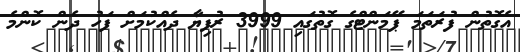
އެގޮތުން ފުރަތަމަ ޕޭމަންޓްގެ ގޮތުގައި 3999 ރުފިޔާ ދެއްކުމަށް ފަހު ދެން ކޮންމެ